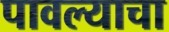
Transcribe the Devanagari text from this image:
पावल्याचा